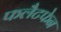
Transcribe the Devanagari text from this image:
फलैटफेन